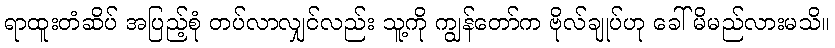
ရာထူးတံဆိပ် အပြည့်စုံ တပ်လာလျှင်လည်း သူ့ကို ကျွန်တော်က ဗိုလ်ချုပ်ဟု ခေါ်မိမည်လားမသိ။